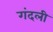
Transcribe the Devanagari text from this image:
गंदली